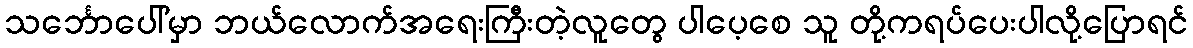
သင်္ဘောပေါ်မှာ ဘယ်လောက်အရေးကြီးတဲ့လူတွေ ပါပေ့စေ သူ တို့ကရပ်ပေးပါလို့ပြောရင်